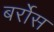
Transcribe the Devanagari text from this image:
बर्रोस